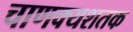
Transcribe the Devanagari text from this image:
चाणक्यशतक